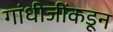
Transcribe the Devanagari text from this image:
गांधीजींकडून